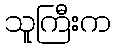
သူကြီးက